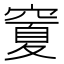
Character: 𥧜